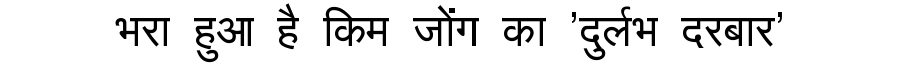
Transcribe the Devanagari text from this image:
भरा हुआ है किम जोंग का 'दुर्लभ दरबार'